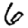
Digit: 6